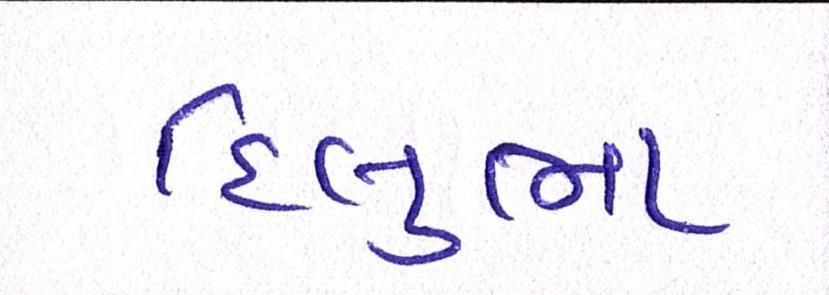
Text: દિલુભા